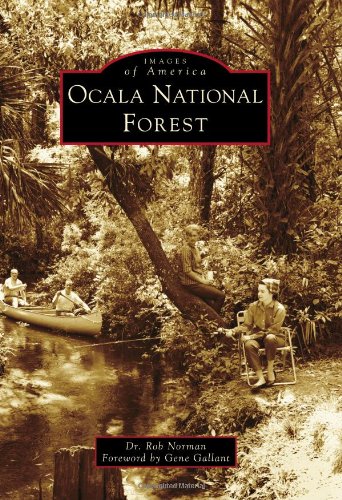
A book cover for Ocala National Forest (Images of America) (Arcadia Publishing); Dr. Rob Norman; Science & Math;